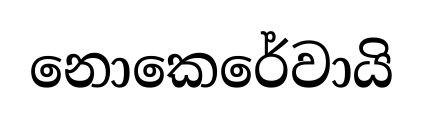
නොකෙරේවායි